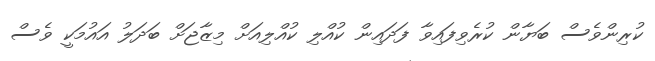
ކުރިންވެސް ބަޔާން ކުރެވިފައިވާ ފަދައިން ކުއްލި ކުއްލިއަށް މިޒާޖަށް ބަދަލު އައުމަކީ ވެސް